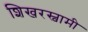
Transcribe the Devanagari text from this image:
शिखरस्वामी